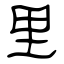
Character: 里